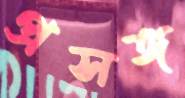
প্রসঙ্গ